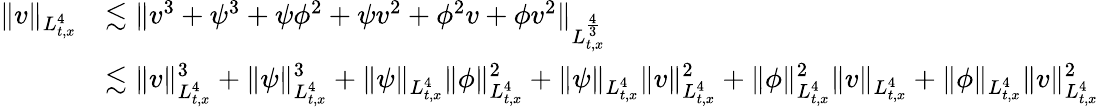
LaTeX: \begin{array}{rl}{\| v\| _{L_{t,x}^{4}}}&{\lesssim\| v^{3}+\psi^{3}+\psi\phi^{2}+\psi v^{2}+\phi^{2}v+\phi v^{2}\| _{L_{t,x}^{\frac{4}{3}}}}\\ &{\lesssim\| v\| _{L_{t,x}^{4}}^{3}+\| \psi\| _{L_{t,x}^{4}}^{3}+\| \psi\| _{L_{t,x}^{4}}\| \phi\| _{L_{t,x}^{4}}^{2}+\| \psi\| _{L_{t,x}^{4}}\| v\| _{L_{t,x}^{4}}^{2}+\| \phi\| _{L_{t,x}^{4}}^{2}\| v\| _{L_{t,x}^{4}}+\| \phi\| _{L_{t,x}^{4}}\| v\| _{L_{t,x}^{4}}^{2}}\end{array}